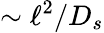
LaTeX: \sim\ell^{2}/D_{s}